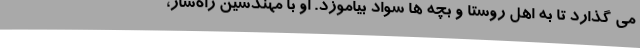
می گذارد تا به اهل روستا و بچه ها سواد بیاموزد. او با مهندسین راه‌ساز،